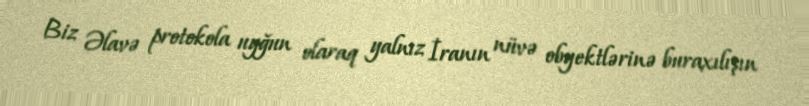
Biz Əlavə protokola uyğun olaraq yalnız İranın nüvə obyektlərinə buraxılışın